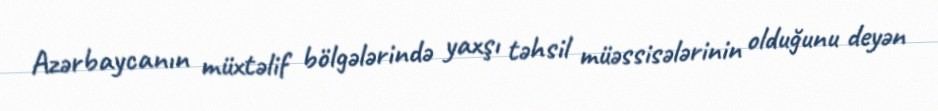
Azərbaycanın müxtəlif bölgələrində yaxşı təhsil müəssisələrinin olduğunu deyən